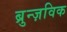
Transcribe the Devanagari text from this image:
ब्रुन्ज़विक